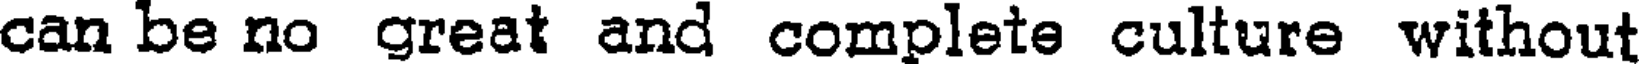
can be no great and complete culture without